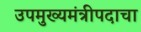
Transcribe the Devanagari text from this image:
उपमुख्यमंत्रीपदाचा